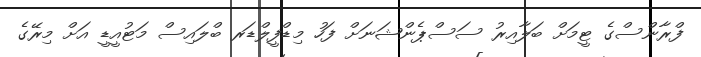
ފްރާންސްގެ ޓީމަށް ބަލާއިރު ސަސްޕެންޝަނަށް ފަހު މިޑްފީލްޑަރ ބްލައިސް މަޓުއީޑީ އަށް މިރޭގެ